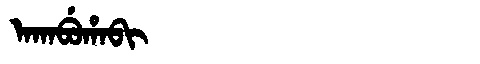
Manchu: ᠠᡴᠠᠪᡠᡥᠠᠪᡳ
Romanization: AKABUHABI